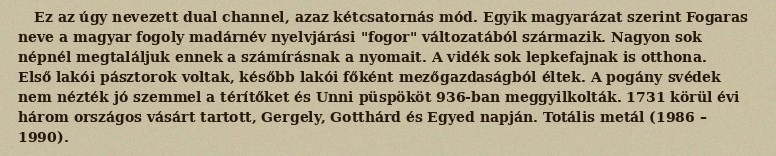
Ez az úgy nevezett dual channel, azaz kétcsatornás mód. Egyik magyarázat szerint Fogaras neve a magyar fogoly madárnév nyelvjárási "fogor" változatából származik. Nagyon sok népnél megtaláljuk ennek a számírásnak a nyomait. A vidék sok lepkefajnak is otthona. Első lakói pásztorok voltak, később lakói főként mezőgazdaságból éltek. A pogány svédek nem nézték jó szemmel a térítőket és Unni püspököt 936-ban meggyilkolták. 1731 körül évi három országos vásárt tartott, Gergely, Gotthárd és Egyed napján. Totális metál (1986 – 1990).